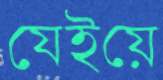
যেইয়ে